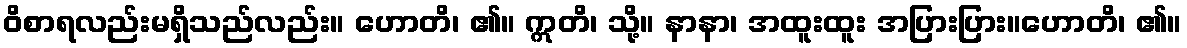
ဝိစာရလည်းမရှိသည်လည်း။ ဟောတိ၊ ၏။ ဣတိ၊ သို့။ နာနာ၊ အထူးထူး အပြားပြား။ဟောတိ၊ ၏။